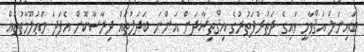
ބައިނަލް އަޤްވާމީ ވައިގެ ދަތުރުފަތުރުގެ އިޤްތިޞާދަށް އަންނަ ބަދަލުތައް ދިރާސާކޮށް އެފަދަ މަޢުލޫމާތުތައް